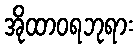
အိုထာဝရဘုရား